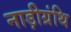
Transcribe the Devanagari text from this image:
नाड़ीग्रंथि